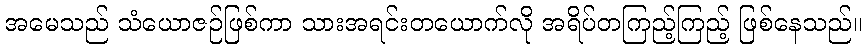
အမေသည် သံယောဇဉ်ဖြစ်ကာ သားအရင်းတယောက်လို အရိပ်တကြည့်ကြည့် ဖြစ်နေသည်။